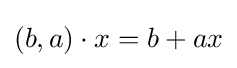
(b,a)\cdot x=b+ax